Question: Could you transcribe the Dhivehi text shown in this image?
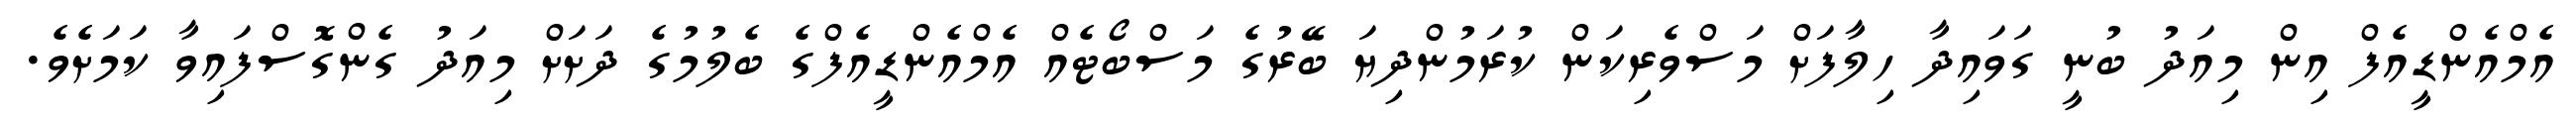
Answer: އެމްއެންޑީއެފް އިން މިއަދު ބުނީ ގަވައިދާ ހިލާފަށް މަސްވެރިކަން ކުރަމުންދިޔަ ބޭރުގެ މަސްބޯޓެއް އެމްއެންޑީއެފްގެ ބެލުމުގެ ދަށަށް މިއަދު ގެންގޮސްފައިވާ ކަމަށެވެ.